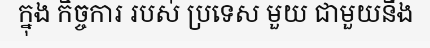
ក្នុង កិច្ចការ របស់ ប្រទេស មួយ ជាមួយនឹង